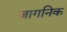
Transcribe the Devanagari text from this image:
जागनिक